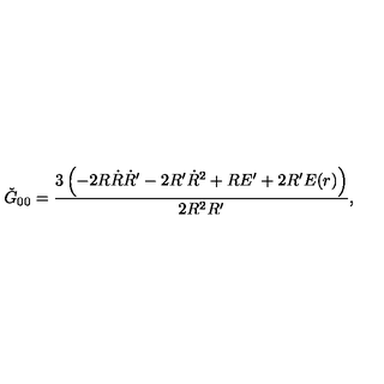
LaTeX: \check { G } _ { 0 0 } = \frac { 3 \left( - 2 R \dot { R } \dot { R } ^ { \prime } - 2 R ^ { \prime } \dot { R } ^ { 2 } + R E ^ { \prime } + 2 R ^ { \prime } E ( r ) \right) } { 2 R ^ { 2 } R ^ { \prime } } ,